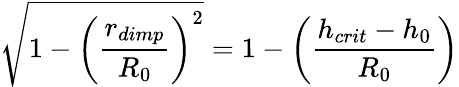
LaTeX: \sqrt{1-\left(\frac{r_{dimp}}{R_{0}}\right)^{2}}=1-\left(\frac{h_{crit}-h_{0}}{R_{0}}\right)